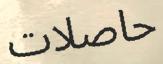
حاصلات